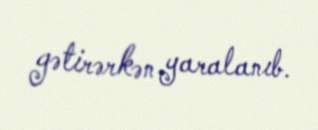
gətirərkən yaralanıb.